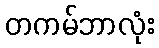
တကမ်ဘာလုံး